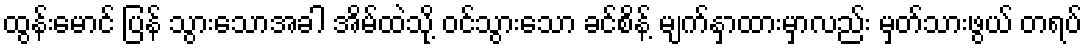
ထွန်းမောင် ပြန် သွားသောအခါ အိမ်ထဲသို့ ဝင်သွားသော ခင်စိန့် မျက်နှာထားမှာလည်း မှတ်သားဖွယ် တရပ်